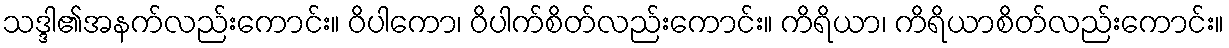
သဒ္ဒါ၏အနက်လည်းကောင်း။ ဝိပါကော၊ ဝိပါက်စိတ်လည်းကောင်း။ ကိရိယာ၊ ကိရိယာစိတ်လည်းကောင်း။